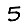
Digit: 5